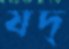
যদ্